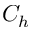
C _ { h }